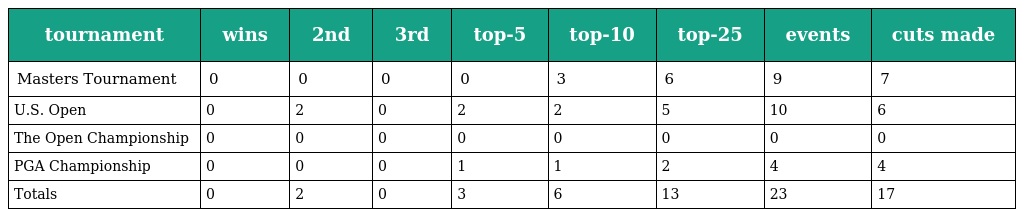
| tournament | wins | 2nd | 3rd | top-5 | top-10 | top-25 | events | cuts made |
 | --- | --- | --- | --- | --- | --- | --- | --- | --- |
 | Masters Tournament | 0 | 0 | 0 | 0 | 3 | 6 | 9 | 7 |
 | U.S. Open | 0 | 2 | 0 | 2 | 2 | 5 | 10 | 6 |
 | The Open Championship | 0 | 0 | 0 | 0 | 0 | 0 | 0 | 0 |
 | PGA Championship | 0 | 0 | 0 | 1 | 1 | 2 | 4 | 4 |
 | Totals | 0 | 2 | 0 | 3 | 6 | 13 | 23 | 17 |